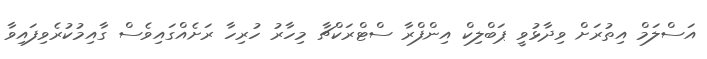
އަސްލަމް އިތުރަށް ވިދާޅުވީ ޕަބްލިކް އިންފްރާ ސްޓްރަކްޗާ މިހާރު ހުރިހާ ރަށެއްގައިވެސް ގާއިމުކުރެވިފައިވާ